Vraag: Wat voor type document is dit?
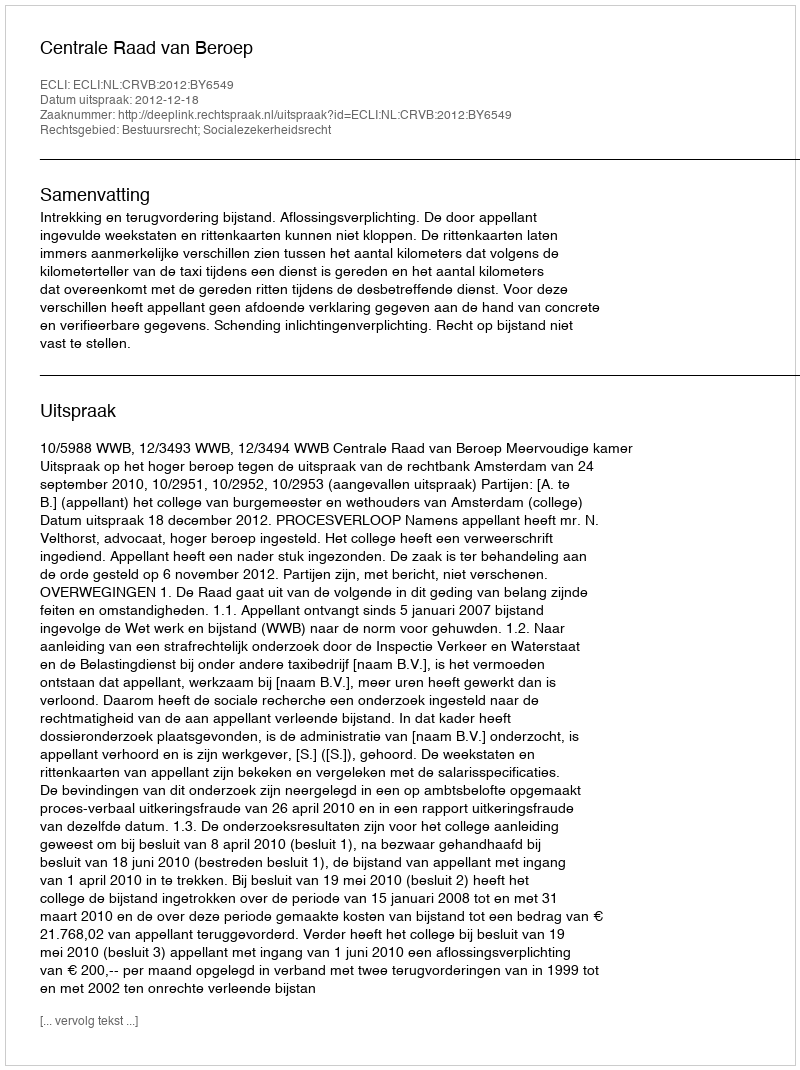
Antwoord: Uitspraak